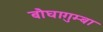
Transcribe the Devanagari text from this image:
बौघागुम्बा